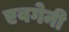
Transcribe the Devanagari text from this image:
एवगेनी